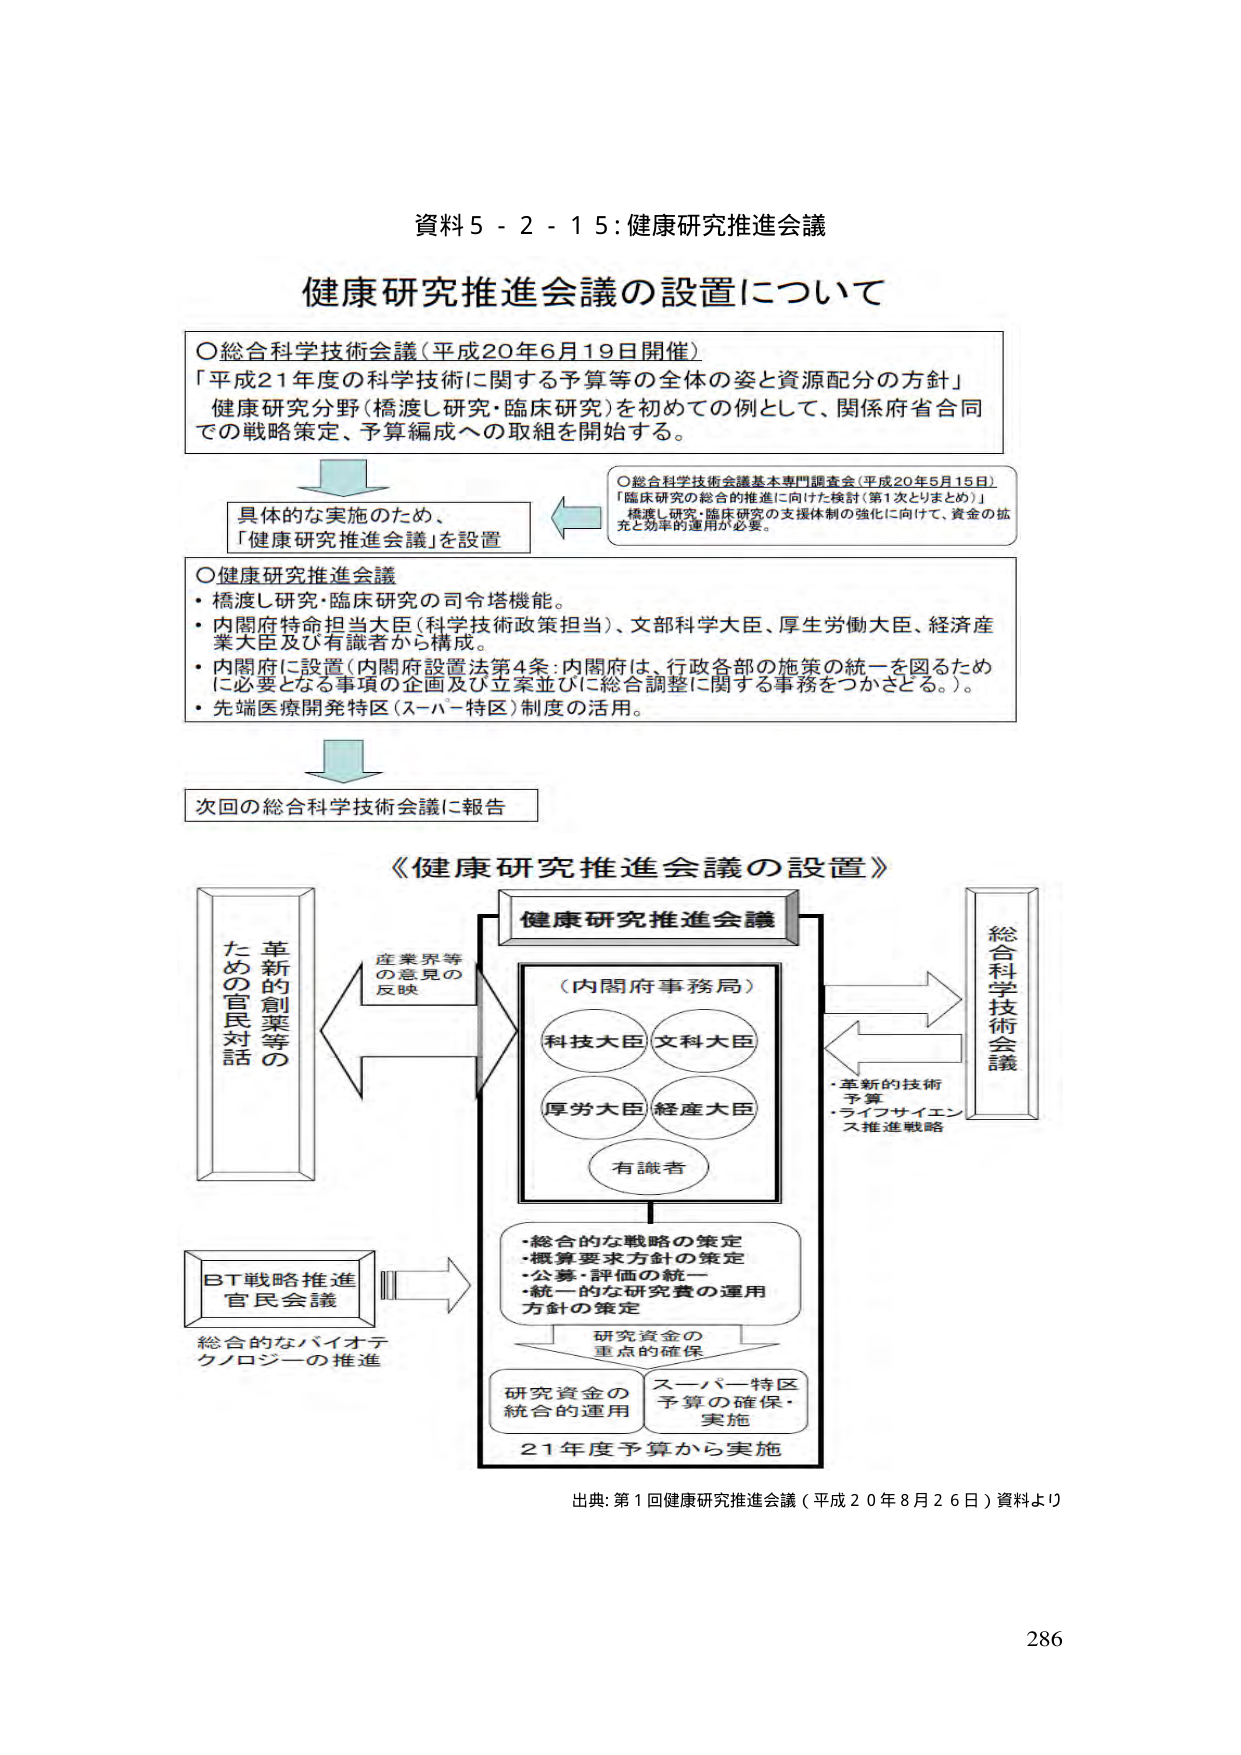
資料５－２－１５：健康研究推進会議

健康研究推進会議の設置について

○総合科学技術会議（平成20年6月19日開催）
「平成21年度の科学技術に関する予算等の全体の姿と資源配分の方針」
健康研究分野（橋渡し研究・臨床研究）を初めての例として、関係府省合同での戦略策定、予算編成への取組を開始する。

具体的な実施のため、
「健康研究推進会議」を設置

○総合科学技術会議基本専門調査会（平成20年5月15日）
「臨床研究の総合的推進に向けた検討（第1次とりまとめ）」
橋渡し研究・臨床研究の支援体制の強化に向けて、資金の拡充と効率的運用が必要。

○健康研究推進会議
・橋渡し研究・臨床研究の司令塔機能。
・内閣府特命担当大臣（科学技術政策担当）、文部科学大臣、厚生労働大臣、経済産業大臣及び有識者から構成。
・内閣府に設置（内閣府設置法第4条：内閣府は、行政各部の施策の統一を図るため
に必要となる事項の企画及び立案並びに総合調整に関する事務をつかさどる。）。
・先端医療開発特区（スーパー特区）制度の活用。

次回の総合科学技術会議に報告

《健康研究推進会議の設置》

健康研究推進会議

（内閣府事務局）
科技大臣 文科大臣
厚労大臣 経産大臣
有識者

・革新的技術
・予算
・ライフサイエンス推進戦略

産業界等
の意見の
反映

革新的創業等の
ための官民対話

BT戦略推進
官民会議
総合的なバイオテクノロジーの推進

・総合的な戦略の策定
・概算要求方針の策定
・公募・評価の統一
・統一的な研究費の運用
方針の策定

研究資金の
重点的確保

研究資金の
統合的運用
スーパー特区
予算の確保・
実施

21年度予算から実施

総合科学技術会議

出典：第1回健康研究推進会議（平成20年8月26日）資料より

286